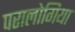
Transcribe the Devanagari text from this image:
परालोगिया